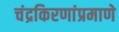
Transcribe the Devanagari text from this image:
चंद्रकिरणांप्रमाणे